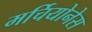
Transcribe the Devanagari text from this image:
मर्चियोनेस